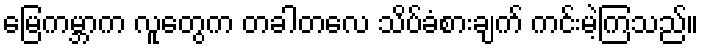
မြေကမ္ဘာက လူတွေက တခါတလေ သိပ်ခံစားချက် ကင်းမဲ့ကြသည်။